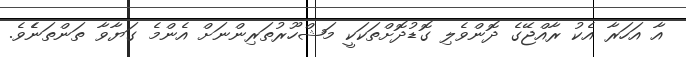
އާ އަހަރާ އެކު ރާއްޖޭގެ ދޮންވެލި ގޮޑުދޮށްތަކަކީ މަޝްހޫރުތަރިންނަށް އެންމެ ގަޔާވާ ތަންތަނެެވެ.